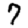
Digit: 7